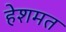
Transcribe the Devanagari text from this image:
हेशमत